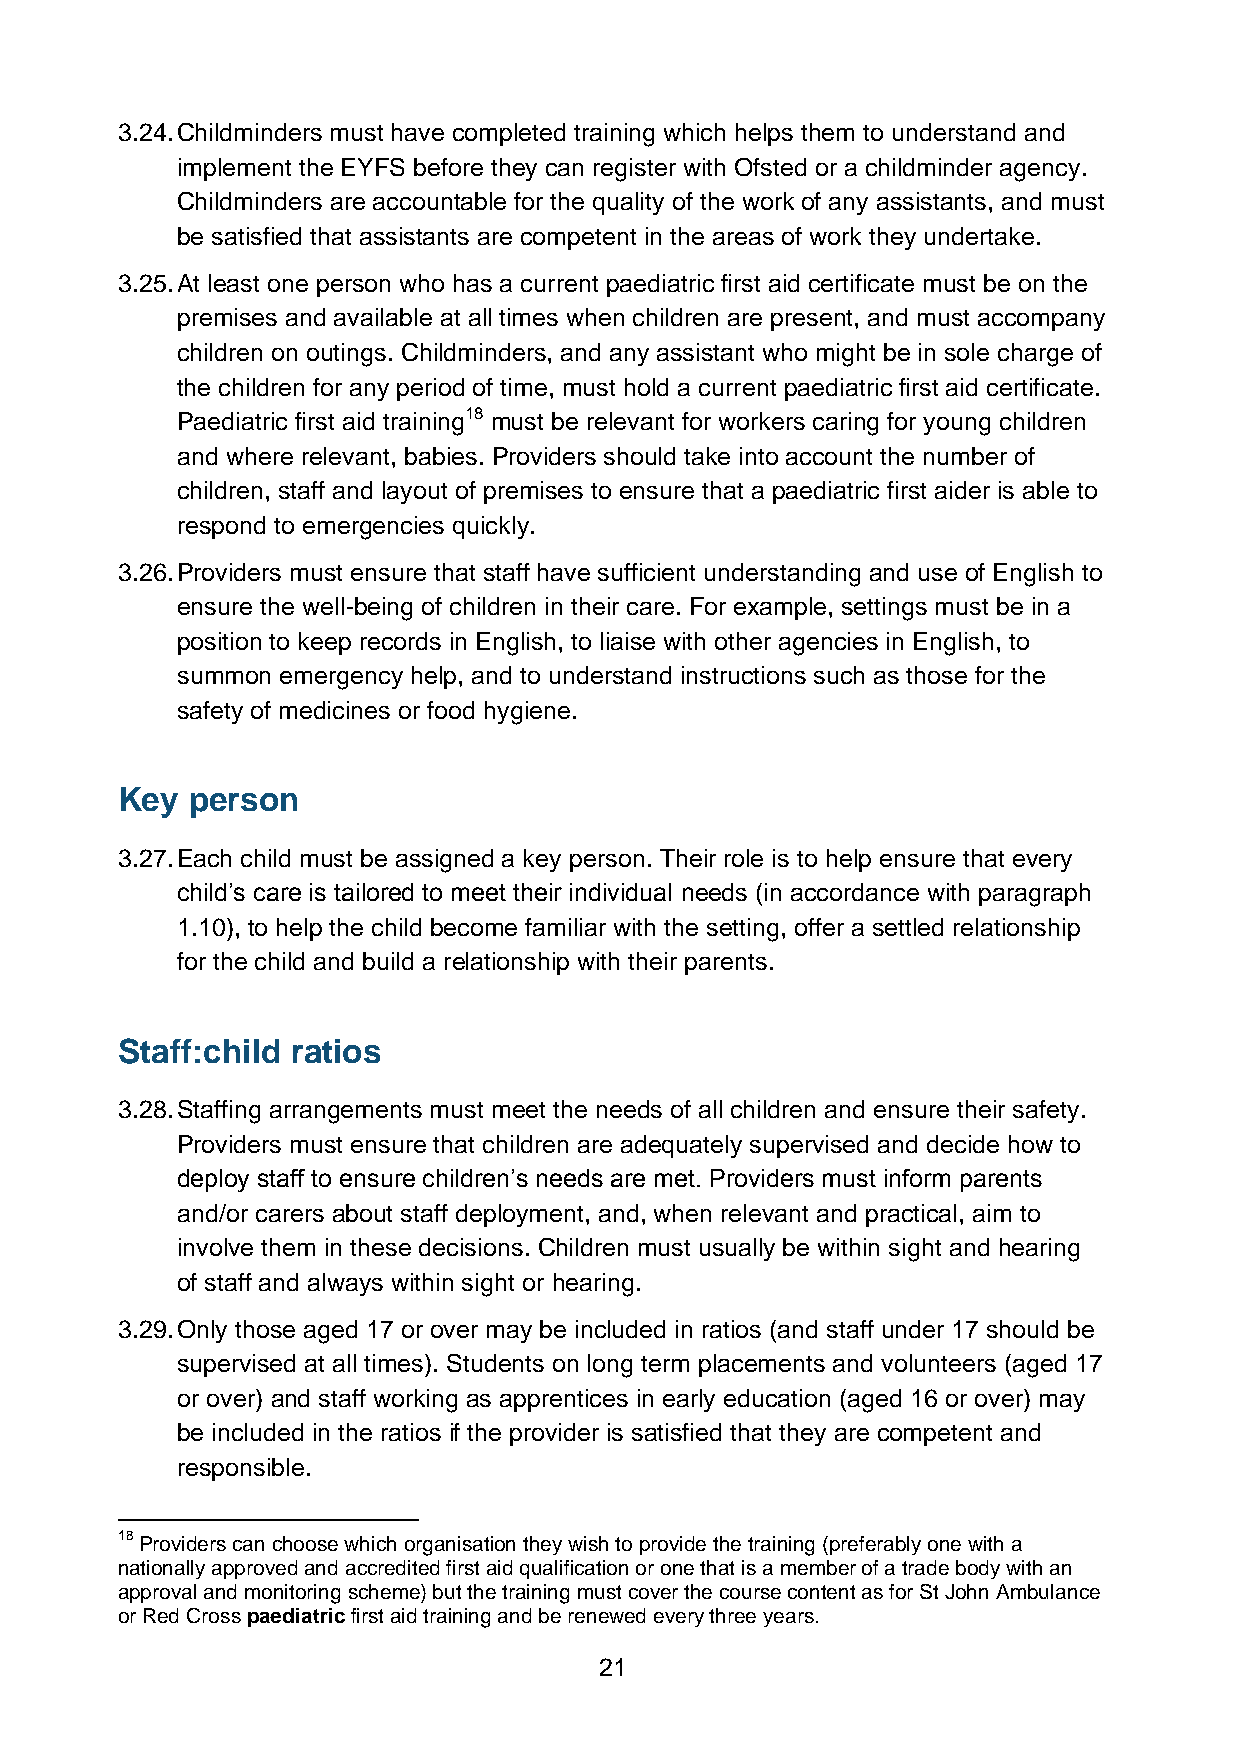
3.24. Childminders must have completed training which helps them to understand and
 implement the EYFS before they can register with Ofsted or a childminder agency.
 Childminders are accountable for the quality of the work of any assistants, and must
 be satisfied that assistants are competent in the areas of work they undertake.
 3.25. At least one person who has a current paediatric first aid certificate must be on the
 premises and available at all times when children are present, and must accompany
 children on outings. Childminders, and any assistant who might be in sole charge of
 the children for any period of time, must hold a current paediatric first aid certificate.
 Paediatric first aid training18 must be relevant for workers caring for young children
 and where relevant, babies. Providers should take into account the number of
 children, staff and layout of premises to ensure that a paediatric first aider is able to
 respond to emergencies quickly.
 3.26. Providers must ensure that staff have sufficient understanding and use of English to
 ensure the well-being of children in their care. For example, settings must be in a
 position to keep records in English, to liaise with other agencies in English, to
 summon emergency help, and to understand instructions such as those for the
 safety of medicines or food hygiene.
 Key person
 3.27. Each child must be assigned a key person. Their role is to help ensure that every
 child’s care is tailored to meet their individual needs (in accordance with paragraph
 1.10), to help the child become familiar with the setting, offer a settled relationship
 for the child and build a relationship with their parents.
 Staff:child ratios
 3.28. Staffing arrangements must meet the needs of all children and ensure their safety.
 Providers must ensure that children are adequately supervised and decide how to
 deploy staff to ensure children’s needs are met. Providers must inform parents
 and/or carers about staff deployment, and, when relevant and practical, aim to
 involve them in these decisions. Children must usually be within sight and hearing
 of staff and always within sight or hearing.
 3.29. Only those aged 17 or over may be included in ratios (and staff under 17 should be
 supervised at all times). Students on long term placements and volunteers (aged 17
 or over) and staff working as apprentices in early education (aged 16 or over) may
 be included in the ratios if the provider is satisfied that they are competent and
 responsible.
 18 Providers can choose which organisation they wish to provide the training (preferably one with a
 nationally approved and accredited first aid qualification or one that is a member of a trade body with an
 approval and monitoring scheme) but the training must cover the course content as for St John Ambulance
 or Red Cross paediatric first aid training and be renewed every three years.
 21